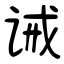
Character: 诫